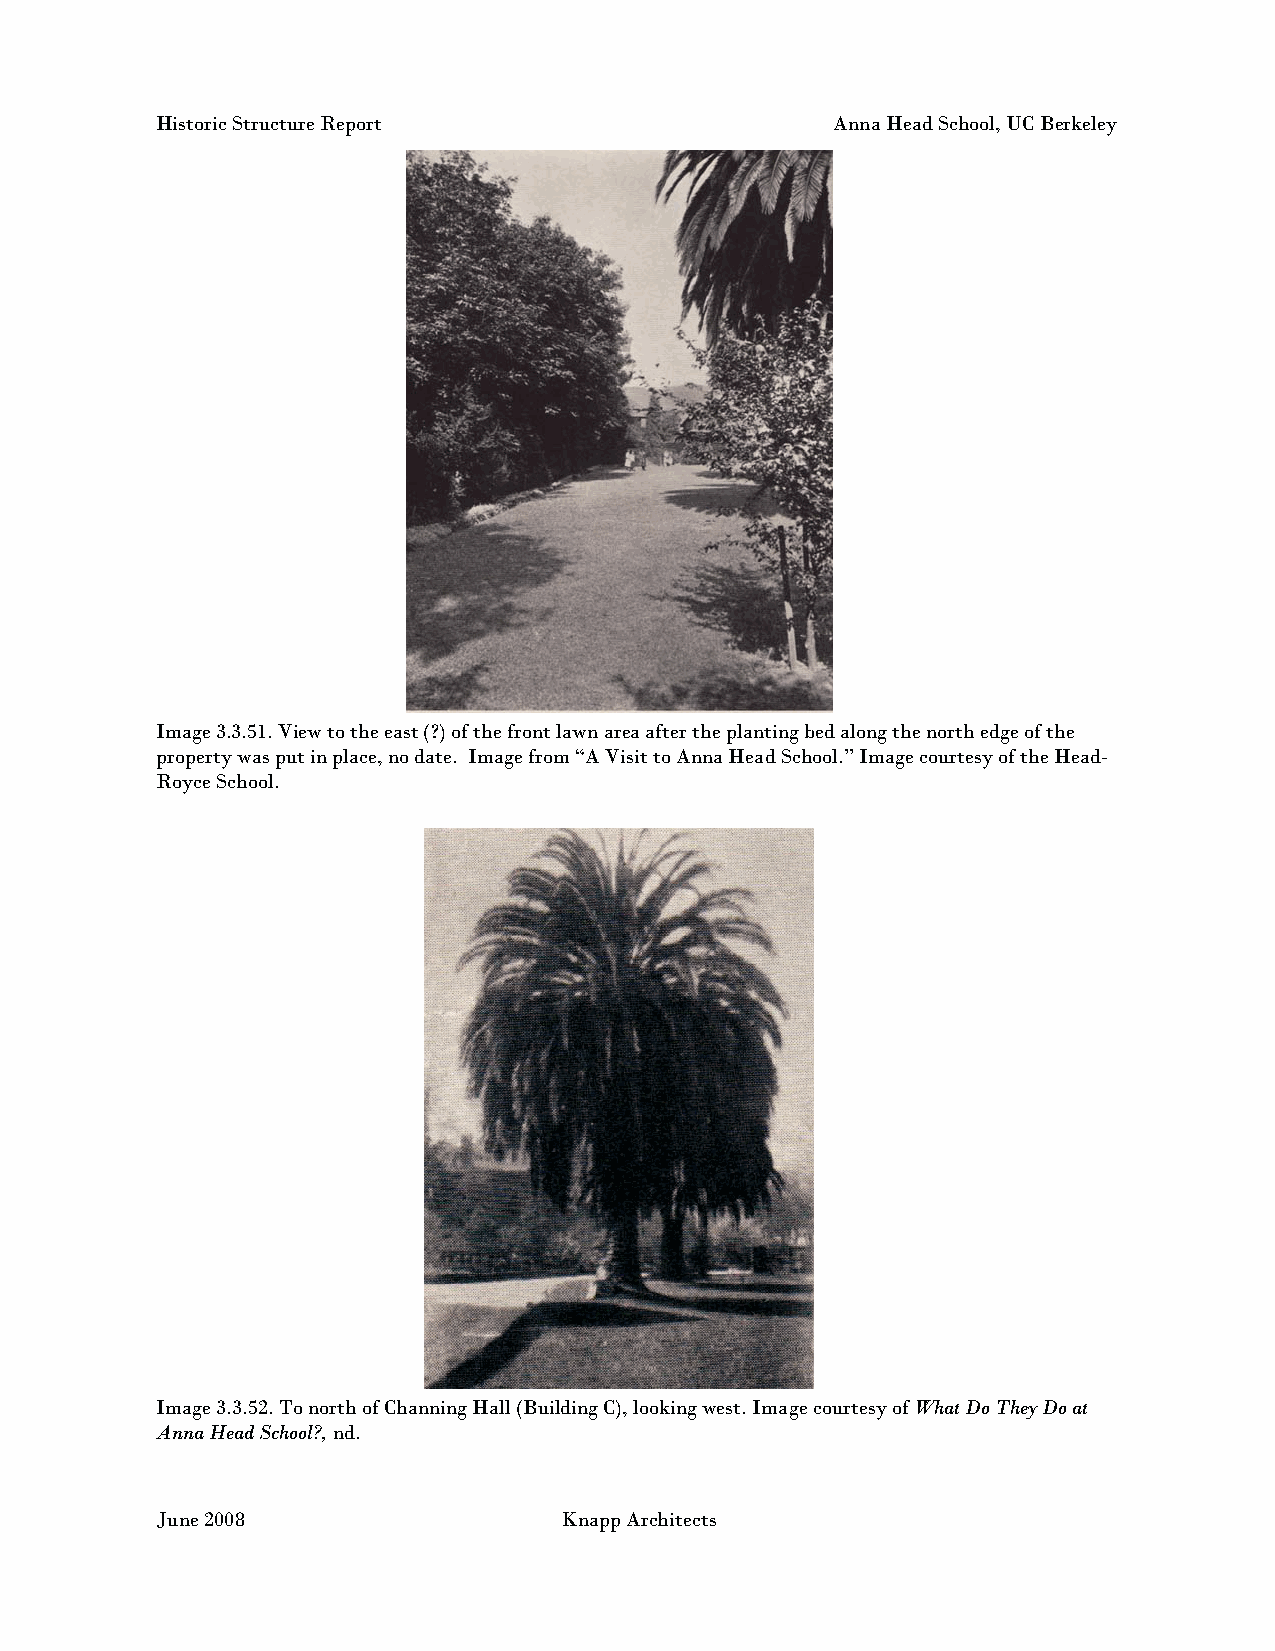
Historic Structure Report                    Anna Head School, UC Berkeley
 Image 3.3.51. View to the east (?) of the front lawn area after the planting bed along the north edge of the
 property was put in place, no date. Image from “A Visit to Anna Head School.” Image courtesy of the Head-
 Royce School.
 Image 3.3.52. To north of Channing Hall (Building C), looking west. Image courtesy of What Do They Do at
 Anna Head School?, nd.
 June 2008                  Knapp Architects